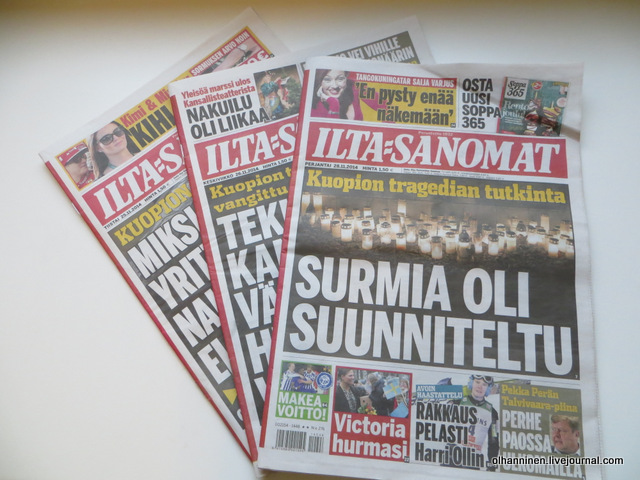
Language: fn